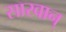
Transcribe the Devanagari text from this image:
सारवान्‌